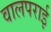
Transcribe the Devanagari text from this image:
वालपराई